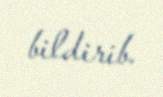
bildirib.